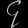
Digit: ၄